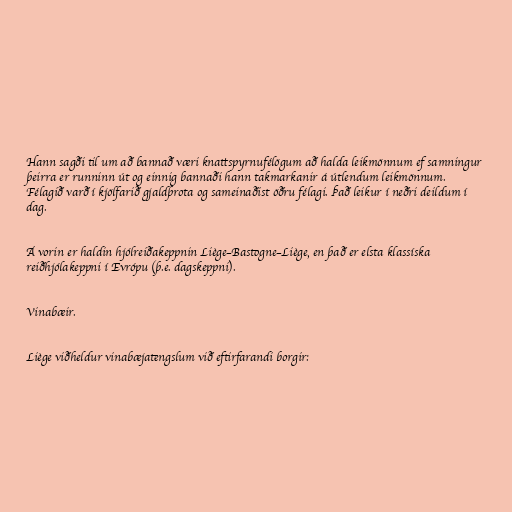
Hann sagði til um að bannað væri knattspyrnufélögum að halda leikmönnum ef samningur
þeirra er runninn út og einnig bannaði hann takmarkanir á útlendum leikmönnum.
Félagið varð í kjölfarið gjaldþrota og sameinaðist öðru félagi. Það leikur í neðri deildum í
dag.

Á vorin er haldin hjólreiðakeppnin Liège–Bastogne–Liège, en það er elsta klassíska
reiðhjólakeppni í Evrópu (þ.e. dagskeppni).

Vinabæir.

Liège viðheldur vinabæjatengslum við eftirfarandi borgir: